Vaccine operations Central Provinces 1886-1899 - 1886-1899
Year: 1886
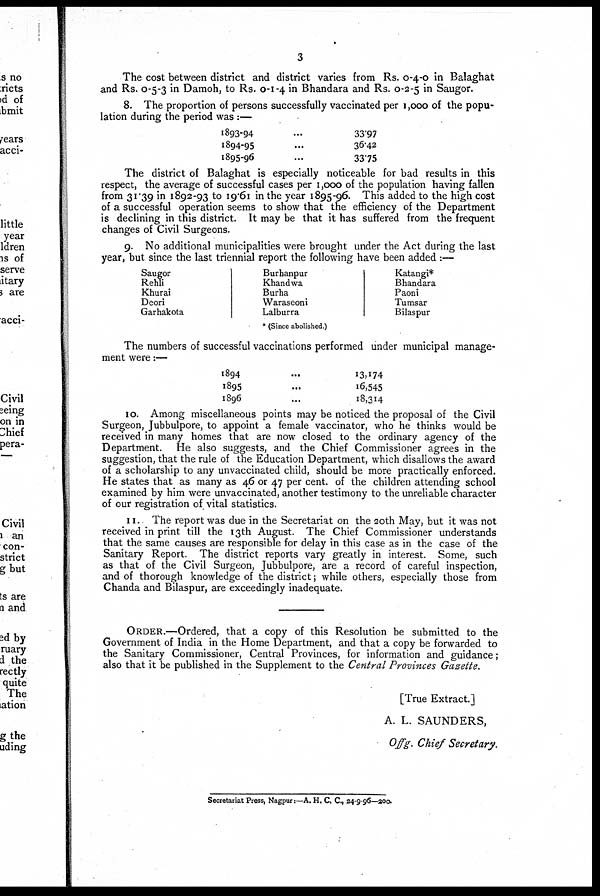
3
The cost between district and district varies from Rs. 0-4-0 in Balaghat
and Rs. 0-5-3 in Damoh, to Rs. 0-1-4 in Bhandara and Rs. 0-2-5 in Saugor.
8. The proportion of persons successfully vaccinated per 1,000 of the popu-
lation during the period was :—
1893-94 ...
1894-95 ...
1895-96 ...
33.97
36.42
33.75
The district of Balaghat is especially noticeable for bad results in this
respect, the average of successful cases per 1,000 of the population having fallen
from 31.39 in 1892-93 to 19.61 in the year 1895-96. This added to the high cost
of a successful operation seems to show that the efficiency of the Department
is declining in this district. It may be that it has suffered from the frequent
changes of Civil Surgeons.
9. No additional municipalities were brought under the Act during the last
year, but since the last triennial report the following have been added :—
Saugor
Rehli
Khurai
Deori
Garhakota
Burhanpur
Khandwa
Burha
Waraseoni
Lalburra
* (Since abolished.)
Katangi*
Bhandara
Paoni
Tumsar
Bilaspur
The numbers of successful vaccinations performed under municipal manage-
ment were:—
1894
...
1895 ...
1896 ...
13,174
16,545
18,314
10. Among miscellaneous points may be noticed the proposal of the Civil
Surgeon, Jubbulpore, to appoint a female vaccinator, who he thinks would be
received in many homes that are now closed to the ordinary agency of the
Department. He also suggests, and the Chief Commissioner agrees in the
suggestion, that the rule of the Education Department, which disallows the award
of a scholarship to any unvaccinated child, should be more practically enforced.
He states that as many as 46 or 47 per cent. of the children attending school
examined by him were unvaccinated, another testimony to the unreliable character
of our registration of vital statistics.
11. The report was due in the Secretariat on the 20th May, but it was not
received in print till the 13th August. The Chief Commissioner understands
that the same causes are responsible for delay in this case as in the case of the
Sanitary Report. The district reports vary greatly in interest. Some, such
as that of the Civil Surgeon, Jubbulpore, are a record of careful inspection,
and of thorough knowledge of the district; while others, especially those from
Chanda and Bilaspur, are exceedingly inadequate.
ORDER.—Ordered, that a copy of this Resolution be submitted to the
Government of India in the Home Department, and that a copy be forwarded to
the Sanitary Commissioner, Central Provinces, for information and guidance;
also that it be published in the Supplement to the Central Provinces Gazette.
[True Extract.]
A. L. SAUNDERS,
Offg. Chief Secretary.
Secretariat Press, Nagpur:—A. H. C. C., 24-9-96—200.